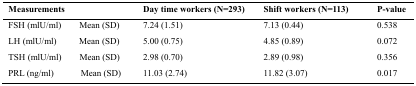
| <COLSPAN=2> Measurements | Day time workers (N=293) | Shift workers (N=113) | P-value |
 | --- | --- | --- | --- | --- |
 | FSH (mlU/ml) | Mean (SD) | 7.24 (1.51) | 7.13 (0.44) | 0.538 |
 | LH (mlU/ml) | Mean (SD) | 5.00 (0.75) | 4.85 (0.89) | 0.072 |
 | TSH (mlU/ml) | Mean (SD) | 2.98 (0.70) | 2.89 (0.98) | 0.356 |
 | PRL (ng/ml) | Mean (SD) | 11.03 (2.74) | 11.82 (3.07) | 0.017 |